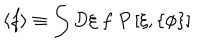
\left\langle f \right\rangle \equiv \int D \xi \; f \; P \left[ \xi , \left\{ \phi \right\} \right]